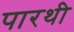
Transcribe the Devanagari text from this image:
पारथी